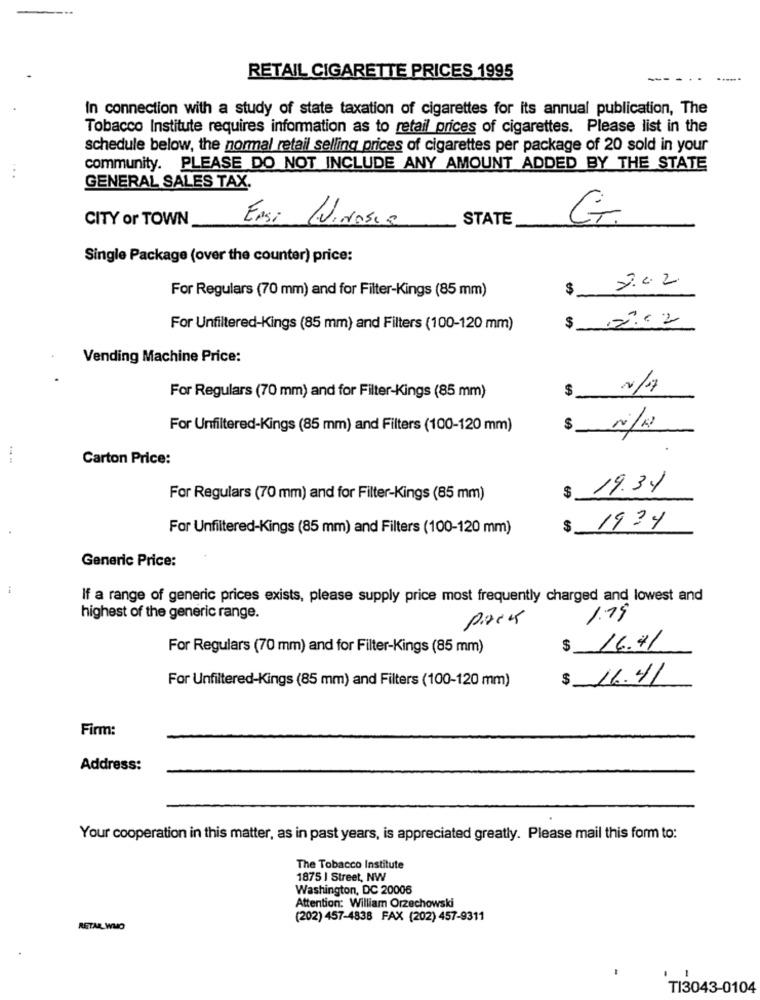
RETAIL CIGARETTE PRICES 1995
In connection with a study of state taxation of cigarettes for its annual publication, The
Tobacco Institute requires information as to retail prices of cigarettes. Please list in the
schedule below, the normal retail selling prices of cigarettes per package of 20 sold in your
...
community. PLEASE DO NOT INCLUDE ANY AMOUNT ADDED BY THE STATE
GENERAL SALES TAX.
CITY or TOWN
Ensi NINosca
STATE
G.
Single Package (over the counter) price:
7.02
For Regulars (70 mm) and for Filter-Kings (85 mm)
$
2.62
For Unfiltered-Kings (85 mm) and Filters (100-120 mm)
$
Vending Machine Price:
$
N/7
For Regulars (70 mm) and for Filter-Kings (85 mm)
For Unfiltered-Kings (85 mm) and Filters (100-120 mm)
$
Carton Price:
19.34
For Regulars (70 mm) and for Filter-Kings (85 mm)
$
For Unfiltered-Kings (85 mm) and Filters (100-120 mm)
$
1934
Generic Price:
If a range of generic prices exists, please supply price most frequently charged and lowest and
highest of the generic range.
packs
1.19
For Regulars (70 mm) and for Filter-Kings (85 mm)
16.71
For Unfiltered-Kings (85 mm) and Filters (100-120 mm)
$ 16.41
Firm:
Address:
Your cooperation in this matter, as in past years, is appreciated greatly. Please mail this form to:
The Tobacco Institute
1875 | Street, NW
Washington, DC 20006
Attention: William Orzechowski
(202) 457-4838 FAX (202) 457-9311
RETAR_ WHO
TI3043-0104